Annual administration report of the Civil Veterinary Department of India - 1896-1897
Year: 1896
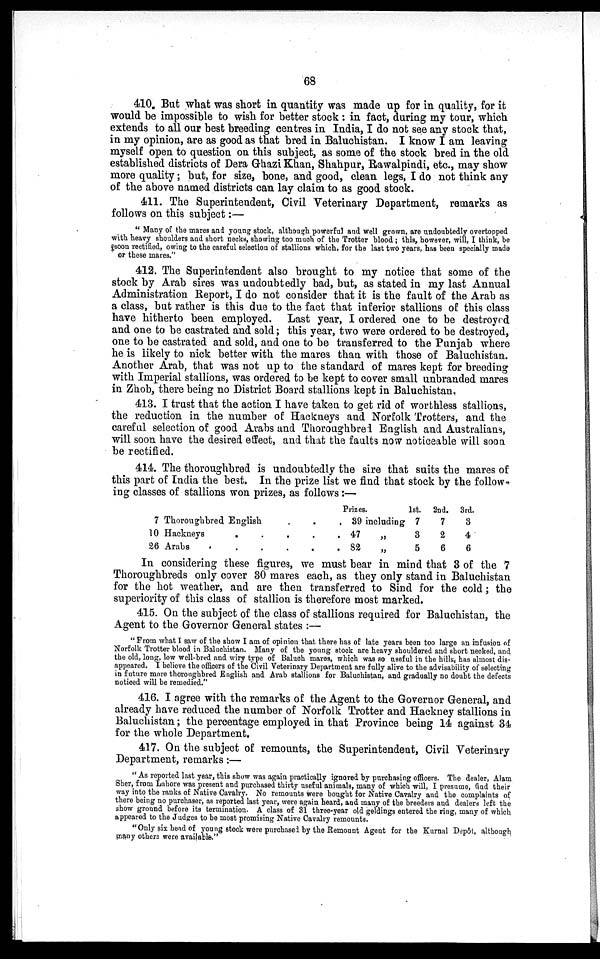
68
410. But what was short in quantity was made up for in quality, for it
would be impossible to wish for better stock: in fact, during my tour, which
extends to all our best breeding centres in India, I do not see any stock that,
in my opinion, are as good as that bred in Baluchistan. I know I am leaving
myself open to question on this subject, as some of the stock bred in the old
established districts of Dera Ghazi Khan, Shahpur, Rawalpindi, etc., may show
more quality; but, for size, bone, and good, clean legs, I do not think any
of the above named districts can lay claim to as good stock.
411. The Superintendent, Civil Veterinary Department, remarks as
follows on this subject:—
"Many of the mares and young stock, although powerful and well grown, are undoubtedly overtopped
with heavy shoulders and short necks, showing too much of the Trotter blood; this, however, will, I think, be
fsoon rectified, owing to the careful selection of stallions which, for the last two years, has been specially made
or these mares."
412. The Superintendent also brought to my notice that some of the
stock by Arab sires was undoubtedly bad, but, as stated in my last Annual
Administration Report, I do not consider that it is the fault of the Arab as
a class, but rather is this due to the fact that inferior stallions of this class
have hitherto been employed. Last year, I ordered one to be destroyed
and one to be castrated and sold; this year, two were ordered to be destroyed,
one to be castrated and sold, and one to be transferred to the Punjab where
he is likely to nick better with the mares than with those of Baluchistan.
Another Arab, that was not up to the standard of mares kept for breeding
with Imperial stallions, was ordered to be kept to cover small unbranded mares
in Zhob, there being no District Board stallions kept in Baluchistan.
413. I trust that the action I have taken to get rid of worthless stallions,
the reduction in the number of Hackneys and Norfolk Trotters, and the
careful selection of good Arabs and Thoroughbred English and Australians,
will soon have the desired effect, and that the faults now noticeable will soon
be rectified.
414. The thoroughbred is undoubtedly the sire that suits the mares of
this part of India the best. In the prize list we find that stock by the follow-
ing classes of stallions won prizes, as follows:—
7 Thoroughbred English
10 Hackneys . .
26 Arabs . . .
. .
. .
. .
Prizes.
. 39 including
. 47
„
. 82
„
1st.
7
3
5
2nd.
7
2
6
3rd.
3
4
6
In considering these figures, we must bear in mind that 3 of the 7
Thoroughbreds only cover 30 mares each, as they only stand in Baluchistan
for the hot weather, and are then transferred to Sind for the cold; the
superiority of this class of stallion is therefore most marked.
415. On the subject of the class of stallions required for Baluchistan, the
Agent to the Governor General states:—
"From what I saw of the show I am of opinion that there has of late years been too large an infusion of
Norfolk Trotter blood in Baluchistan. Many of the young stock are heavy shouldered and short necked, and
the old, long, low well-bred and wiry type of Baluch mares, which was so useful in the hills has almost dis-
appeared. I believe the officers of the Civil Veterinary Department are fully alive to the advisability of selecting
in future more thoroughbred English and Arab stallions for Baluchistan, and gradually no doubt the defects
noticed will be remedied."
416. I agree with the remarks of the Agent to the Governor General, and
already have reduced the number of Norfolk Trotter and Hackney stallions in
Baluchistan; the percentage employed in that Province being 14 against 34
for the whole Department.
417. On the subject of remounts, the Superintendent, Civil Veterinary
Department, remarks:—
"As reported last year, this show was again practically ignored by purchasing officers. The dealer, Alam
Sher, from Lahore was present and purchased thirty useful animals, many of which will, I presume, find their
way into the ranks of Native Cavalry. No remounts were bought for Native Cavalry and the complaints of
there being no purchaser, as reported last year, were again heard, and many of the breeders and dealers left the
show ground before its termination. A class of 31 three-year old geldings entered the ring, many of which
appeared to the Judges to be most promising Native Cavalry remounts.
"Only six head of young stock were purchased by the Remount Agent for the Kurnal Depôt, although
many others were available."